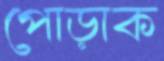
পোড়াক